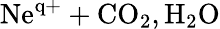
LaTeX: \mathrm{Ne^{q+}+CO_{2},H_{2}O}